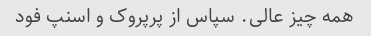
همه چیز عالی. سپاس از پرپروک و اسنپ فود